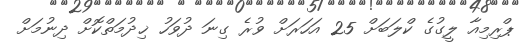
ޕްރިމިއާ ލީގުގެ ކްލަބަށް 25 އަހަރަށް ވުރެ ގިނަ ދުވަހު ޚިދުމަތްކޮށް ދިނުމަށް